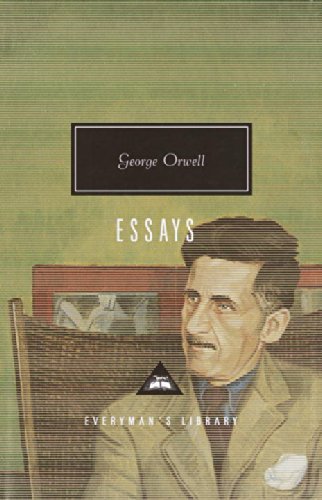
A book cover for Essays (Everyman's Library Classics & Contemporary Classics); George Orwell; Literature & Fiction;